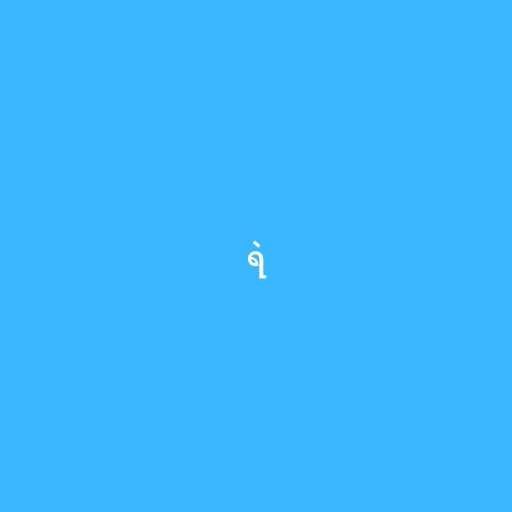
ရဲ